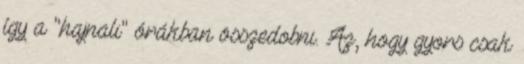
így a "hajnali" órákban összedobni. Az, hogy gyors csak